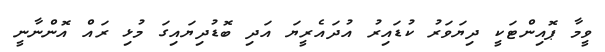
ވީމާ ޕޮއިންޓަކީ ދިޔަވަރު ކުޑައިރު އުދައެރީޔަ އަދި ބޮޑުދިޔައިގަ މުޅި ރައް އޮންނާނީ